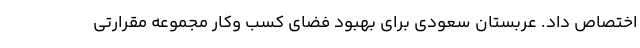
اختصاص داد. عربستان سعودی برای بهبود فضای کسب وکار مجموعه مقرارتی